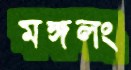
মঙ্গলং